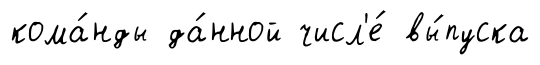
кома́нды да́нной числ'е́ вы́пуска